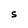
Character: S